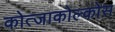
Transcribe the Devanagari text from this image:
कोत्जाकोल्कोस